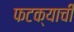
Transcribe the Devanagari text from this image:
फटक्याची